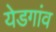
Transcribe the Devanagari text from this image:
येडगांव